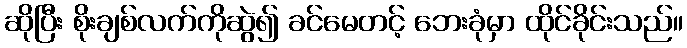
ဆိုပြီး စိုးချစ်လက်ကိုဆွဲ၍ ခင်မေတင့် ဘေးခုံမှာ ထိုင်ခိုင်းသည်။